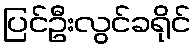
ပြင်ဦးလွင်ခရိုင်